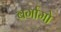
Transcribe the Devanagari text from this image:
बर्गामो